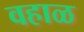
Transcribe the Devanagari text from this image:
वहाळ